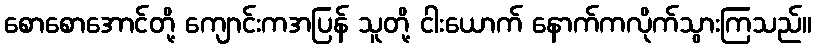
စောစောအောင်တို့ ကျောင်းကအပြန် သူတို့ ငါးယောက် နောက်ကလိုက်သွားကြသည်။